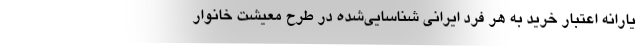
یارانه اعتبار خرید به هر فرد ایرانی شناسایی‌شده در طرح معیشت خانوار